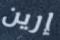
إرين